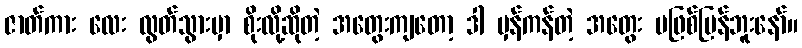
ဇာတ်ကား လေး လွတ်သွားမှာ စိုးလို့ဆိုတဲ့ အတွေးကျတော့ ဒါ မှန်ကန်တဲ့ အတွေး မဖြစ်ပြန်ဘူးနော်။